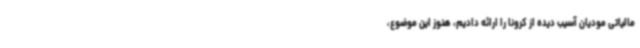
مالیاتی مودیان آسیب دیده از کرونا را ارائه دادیم، هنوز این موضوع،